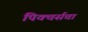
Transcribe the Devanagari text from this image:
पिक्चर्सचा